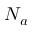
N _ { a }